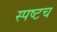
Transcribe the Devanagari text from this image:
स्पष्टच